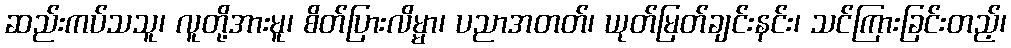
ဆည်းကပ်သသူ၊ လူတို့အားမူ၊ စိတ်ပြားလိမ္မာ၊ ပညာအတတ်၊ ယုတ်မြတ်ချင်းနင်း၊ သင်ကြားခြင်းတည့်၊